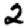
Digit: 2